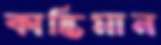
কান্তিমান